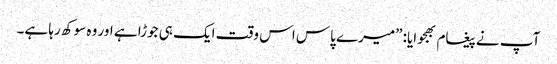
آپ نے پیغام بھجوایا: ”میرے پاس اس وقت ایک ہی جوڑا ہے اور وہ سوکھ رہا ہے۔